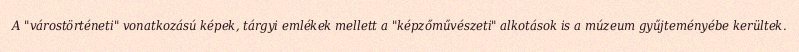
A "várostörténeti" vonatkozású képek, tárgyi emlékek mellett a "képzőművészeti" alkotások is a múzeum gyűjteményébe kerültek.